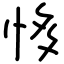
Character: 恀